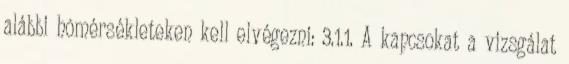
alábbi hõmérsékleteken kell elvégezni: 3.1.1. A kapcsokat a vizsgálat